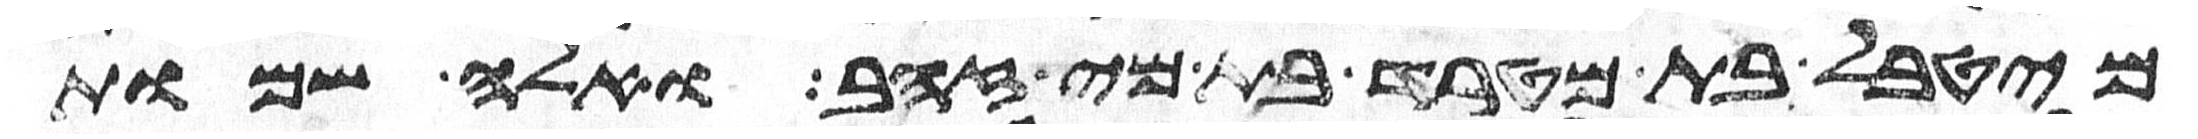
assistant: מהטבאל בת מטרד בת מי זהב ואלה שמות